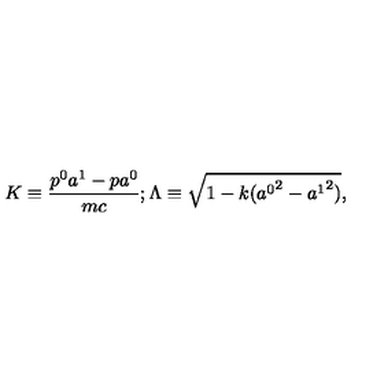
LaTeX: K \equiv \frac { p ^ { 0 } a ^ { 1 } - p a ^ { 0 } } { m c } ; \Lambda \equiv \sqrt { 1 - k ( { a ^ { 0 } } ^ { 2 } - { a ^ { 1 } } ^ { 2 } ) } ,